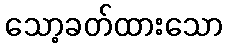
သော့ခတ်ထားသော